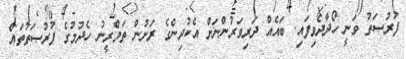
ފުރުޞަތު ވަނީ ހޯދާދެވިފައި. ބައެއް ދަރިވަރުންނަށް އެކުދިންގެ ރަށުން ތަމްރީނު ހެދުމުގެ ފުރުޞަތުތައް